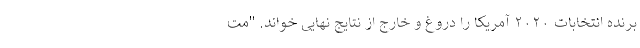
برنده انتخابات ۲۰۲۰ آمریکا را دروغ و خارج از نتایج نهایی خواند. "مت